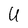
Character: U